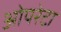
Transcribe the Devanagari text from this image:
ओपरेटा